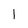
Character: I